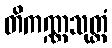
တိကဏ္ဏသုတ္တံ